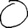
Digit: 0